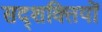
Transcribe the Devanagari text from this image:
सद्शक्तियों